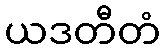
ယဒတီတံ